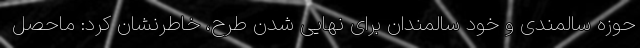
حوزه سالمندی و خود سالمندان برای نهایی شدن طرح، خاطرنشان کرد: ماحصل